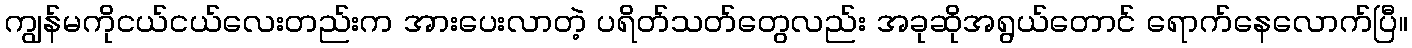
ကျွန်မကိုငယ်ငယ်လေးတည်းက အားပေးလာတဲ့ ပရိတ်သတ်တွေလည်း အခုဆိုအရွယ်တောင် ရောက်နေလောက်ပြီ။